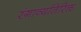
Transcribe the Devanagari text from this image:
रंगाव्यतिरिक्त